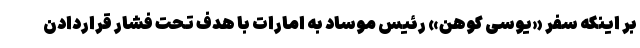
بر اینکه سفر «یوسی کوهن» رئیس موساد به امارات با هدف تحت فشار قراردادن